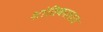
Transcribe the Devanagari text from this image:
शांतिकालात